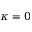
\kappa = 0